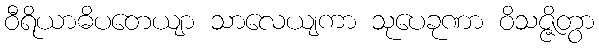
ဝီရိယာဓိပတေယျာ သာလေယျကာ သုပေခုဏာ ဝိသဇ္ဇိတွာ